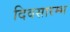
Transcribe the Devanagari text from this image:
दिवसारम्भ